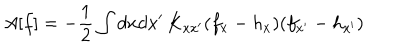
LaTeX: A [ f ] = - \frac { 1 } { 2 } \int d x d x ^ { \prime } \, K _ { x x ^ { \prime } } ( f _ { x } - h _ { x } ) ( f _ { x ^ { \prime } } - h _ { x ^ { \prime } } )